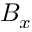
B _ { x }